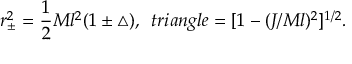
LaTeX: r _ { \pm } ^ { 2 } = \frac { 1 } { 2 } M l ^ { 2 } ( 1 \pm \triangle ) , \ \, t r i a n g l e = [ 1 - ( J / M l ) ^ { 2 } ] ^ { 1 / 2 } .